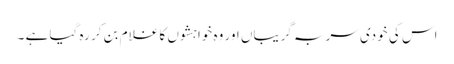
اس کی خودی سر بہ گریباں اور وہ خواہشوں کا غلام بن کر رہ گیا ہے ۔